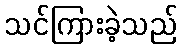
သင်ကြားခဲ့သည်